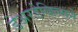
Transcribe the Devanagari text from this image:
डेअरडेव्हिल्सने